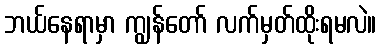
ဘယ်နေရာမှာ ကျွန်တော် လက်မှတ်ထိုးရမလဲ။